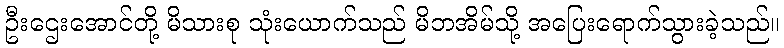
ဦးဌေးအောင်တို့ မိသားစု သုံးယောက်သည် မိဘအိမ်သို့ အပြေးရောက်သွားခဲ့သည်။